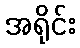
အရိုင်း